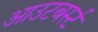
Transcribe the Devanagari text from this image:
आउटबर्स्ट